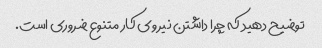
توضیح دهید که چرا داشتن نیروی کار متنوع ضروری است.